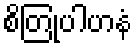
စိတြုပါဟနံ